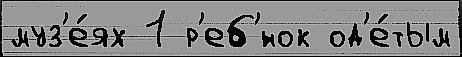
муз'е́ях 1 р'еб'́нок од'е́тым